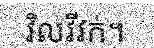
វិលវីវក់។